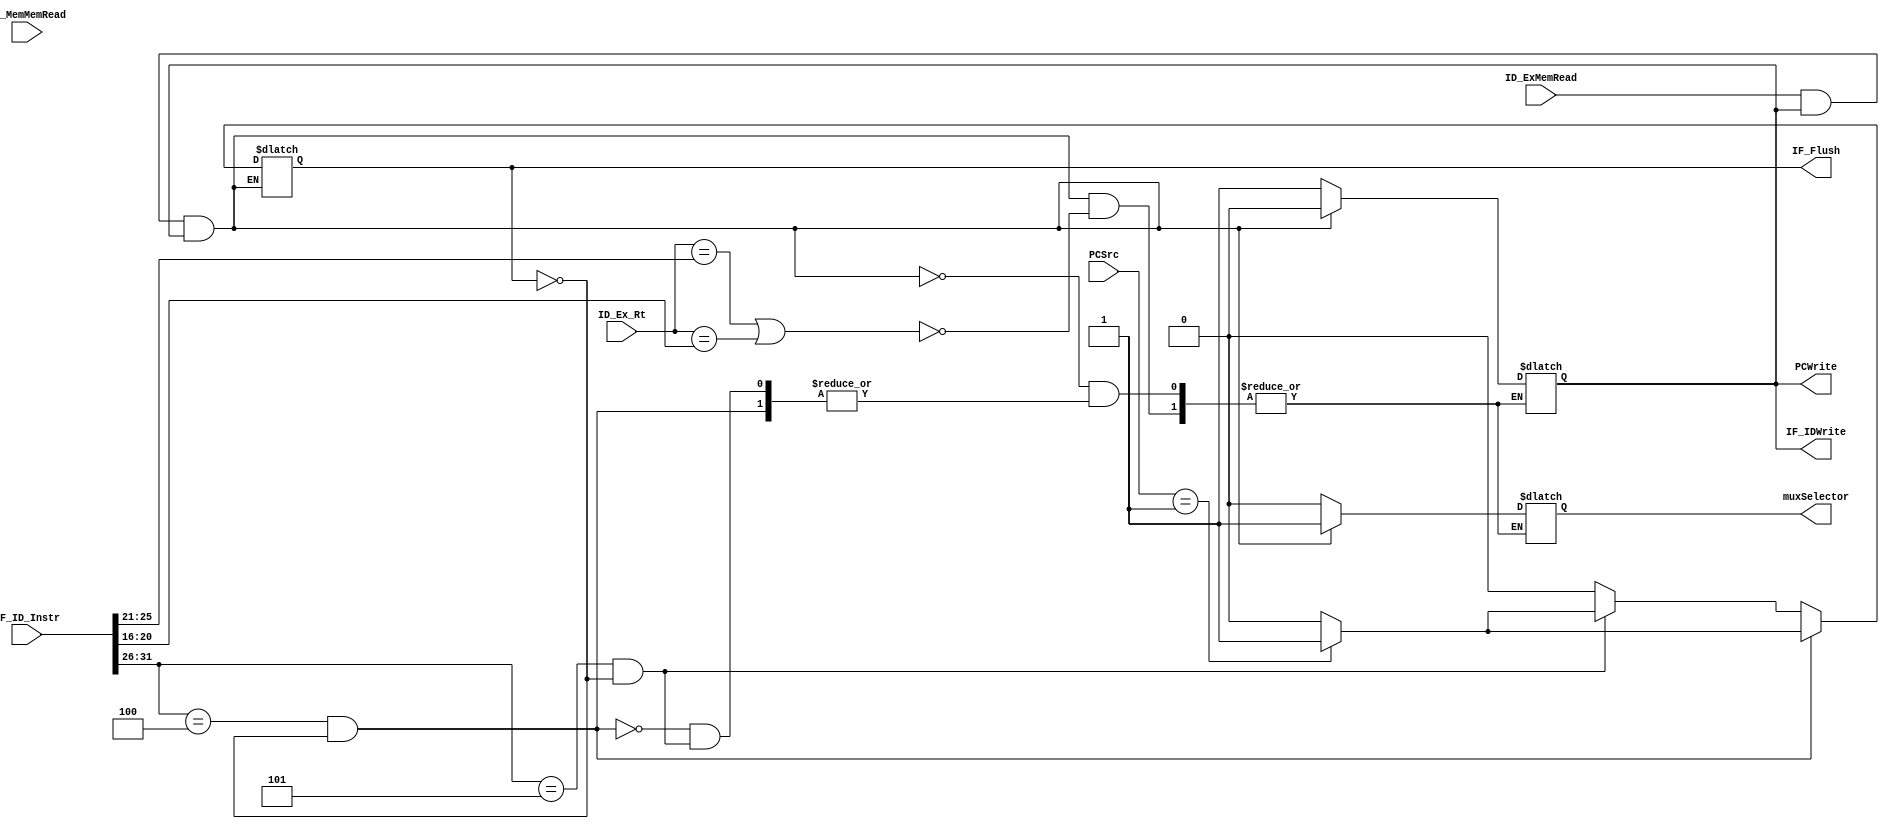
module HazardDetectionUnit(PCSrc,ID_ExMemRead,EX_MemMemRead,ID_Ex_Rt,IF_ID_Instr,PCWrite,IF_IDWrite,IF_Flush,muxSelector);
  
  input ID_ExMemRead,EX_MemMemRead;
  input [1:0] PCSrc;
  input [4:0] ID_Ex_Rt;
  input [31:0] IF_ID_Instr;
  output reg PCWrite, IF_IDWrite,IF_Flush, muxSelector;
  parameter beqOPcode=6'b000100;
  parameter bneOPcode=6'b000101;

  initial
	begin
	PCWrite <= 1;
	IF_IDWrite <= 1;
	muxSelector <= 0;
	end

  always@(ID_ExMemRead or ID_Ex_Rt or IF_ID_Instr or PCSrc)
    begin
      if (ID_ExMemRead && PCWrite && IF_IDWrite)//lw hazard
        begin
          if(ID_Ex_Rt==IF_ID_Instr[25:21] || ID_Ex_Rt==IF_ID_Instr[20:16] )
            begin
              PCWrite<=0;
              IF_IDWrite<=0;
              muxSelector<=1;
            end
        end
      else if((IF_ID_Instr [31:26]==beqOPcode) && (IF_Flush==0))//beq hazard
        begin
          IF_Flush <= (PCSrc == 2'b01) ? 1 : 0;
        end

      else if((IF_ID_Instr [31:26]==bneOPcode) && (IF_Flush==0))//bne hazard
        begin
          IF_Flush <= (PCSrc == 2'b01) ? 1 : 0;
        end
        
                
      else
        begin
          PCWrite<=1;
          IF_IDWrite<=1;
          muxSelector<=0;
          IF_Flush<=0;    
        end    
      
    end
  
  
endmodule